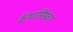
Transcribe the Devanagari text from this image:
कॅथार्सिसचा